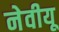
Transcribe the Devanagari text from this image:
नेवीयू